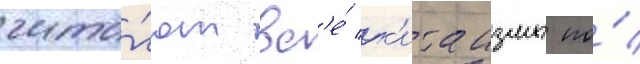
чита́ют вс'е́ к'итаизмы по́